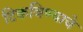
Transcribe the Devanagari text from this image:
टिकविण्याचे